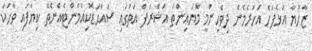
ޒާހުޔާ އަޅެފަހެ އަހަރެމެން ދިވެހިންމީ މޮޔައިންތަ އަޝްރަފް އަތުގައި ސައްޙަޑޮކިއުމެންޓެއްނެތޭ ކިޔާފައި ވާހަކަ